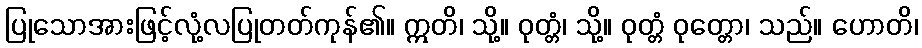
ပြုသောအားဖြင့်လုံ့လပြုတတ်ကုန်၏။ ဣတိ၊ သို့။ ဝုတ္တံ၊ သို့။ ဝုတ္တံ ဝုတ္တော၊ သည်။ ဟောတိ၊